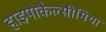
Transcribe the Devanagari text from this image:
हाइपोकैल्सीमिया